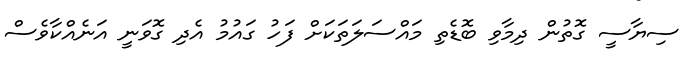
ސިޔާސީ ގޮތުން ދިމާވި ބޮޑެތި މައްސަލަތަކަށް ފަހު ގައުމު އެދި ގޮވަނީ އަނެއްކާވެސް